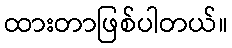
ထားတာဖြစ်ပါတယ်။